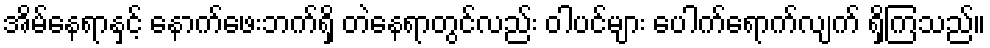
အိမ်နေရာနှင့် နောက်ဖေးဘက်ရှိ တဲနေရာတွင်လည်း ဝါပင်များ ပေါက်ရောက်လျက် ရှိကြသည်။